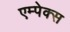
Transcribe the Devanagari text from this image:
एम्पेक्स